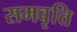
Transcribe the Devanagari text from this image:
समवृत्ति